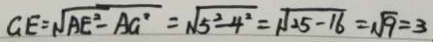
G E = \sqrt { A E ^ { 2 } - A G ^ { 2 } } = \sqrt { 5 ^ { 2 } - 4 ^ { 2 } } = \sqrt { 2 5 - 1 6 } = \sqrt { 9 } = 3